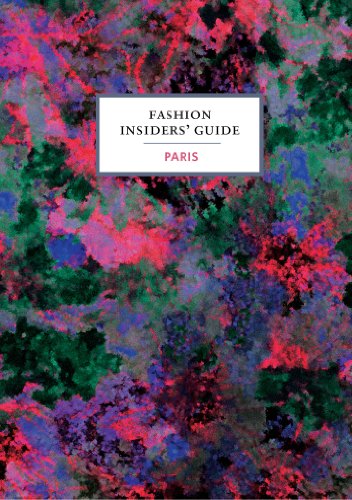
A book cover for The Fashion Insider's Guide to Paris; Carole Sabas; Travel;